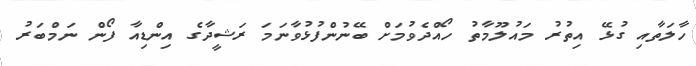
ހާލަތާއި ގުޅޭ އިތުރު މައުލޫމާތު ހޯއްދެވުމަށް ބޭނުންފުޅުވާނަމަ ރަޝީދާގެ އިންޑިއާ ފޯން ނަމްބަރު